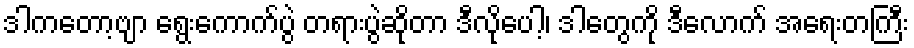
ဒါကတော့ဗျာ ရွေးကောက်ပွဲ တရားပွဲဆိုတာ ဒီလိုပေါ့၊ ဒါတွေကို ဒီလောက် အရေးတကြီး